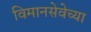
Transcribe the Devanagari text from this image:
विमानसेवेच्या